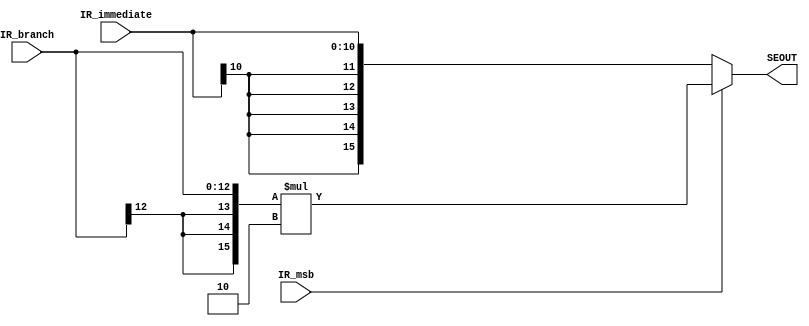
`timescale 1ns / 1ps
//////////////////////////////////////////////////////////////////////////////////
// Company: Rose-Hulman
// 
// Design Name: 
// Module Name:    SignExtender 
// Project Name: 16 bit accumulator CSSE 232 Team Violet
// Target Devices: 
// Tool versions: 
// Description: 
//
// Dependencies: 
//
// Revision: 
// Revision 0.01 - File Created
// Additional Comments: 
//
//////////////////////////////////////////////////////////////////////////////////
module SignExtender(
    input [10:0] IR_immediate, // 11 bit immediate sign extended for general computations
    input [12:0] IR_branch, // 13 bit immediate sign extended and left shifted for branches
    input IR_msb, // IR[15]: 1 if a jump or branch
    output reg [15:0] SEOUT // Sign Extended output
    );

always @ (IR_immediate, IR_branch, IR_msb) begin

	if(IR_msb == 1) begin
		SEOUT = {{3{IR_branch[12]}},IR_branch}; // fill in most sig bits with same msb from branch immediate
		SEOUT = SEOUT * 2; // left shift one
	end
	else begin
	SEOUT = {{5{IR_immediate[10]}},IR_immediate}; // most sig bits with same msb from immediate
	end
	
end

endmodule